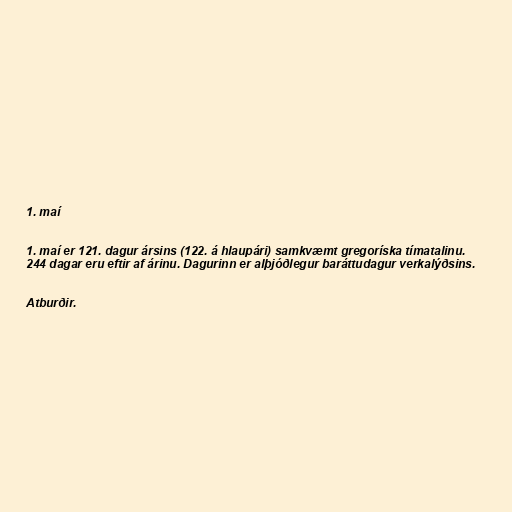
1. maí

1. maí er 121. dagur ársins (122. á hlaupári) samkvæmt gregoríska tímatalinu.
244 dagar eru eftir af árinu. Dagurinn er alþjóðlegur baráttudagur verkalýðsins.

Atburðir.